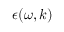
\epsilon ( \omega , \boldsymbol { k } )